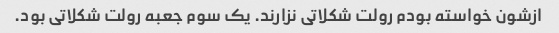
ازشون خواسته بودم رولت شکلاتی نزارند. یک سوم جعبه رولت شکلاتی بود.